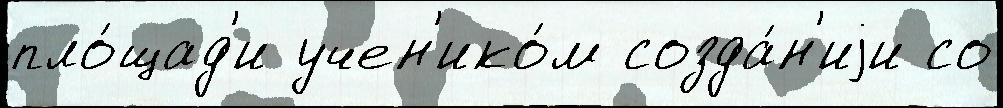
пло́щад'и учен'ико́м созда́н'иjи со